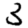
Digit: 3